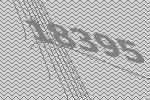
18395